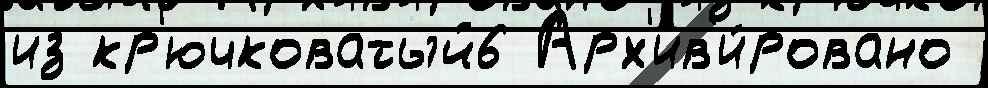
из кр'ючковатый6 Арх'ив'и́ровано